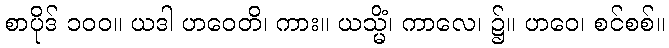
စာပိုဒ် ၁၀၀။ ယဒါ ဟဝေတိ၊ ကား။ ယသ္မိံ၊ ကာလေ၊ ၌။ ဟဝေ၊ စင်စစ်။